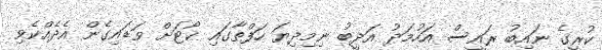
ކުރީގެ ނައިބު ރައީސް އަހުމަދު އަދީބު ނިމިދިޔަ ހަފްތާގައި ކޯޓަށް ވަޑައިގެން އެދެއްކެވި